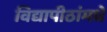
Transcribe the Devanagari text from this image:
विद्यापीठांमधे